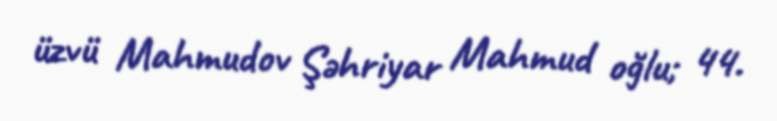
üzvü Mahmudov Şəhriyar Mahmud oğlu; 44.